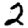
Digit: 2